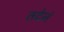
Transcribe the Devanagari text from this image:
तदेनं